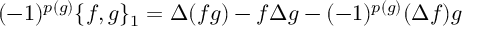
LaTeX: ( - 1 ) ^ { p ( g ) } \{ f , g \} _ { 1 } = \Delta ( f g ) - f \Delta g - ( - 1 ) ^ { p ( g ) } ( \Delta f ) g